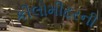
કીલોમીટરની